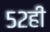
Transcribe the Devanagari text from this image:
५२ही